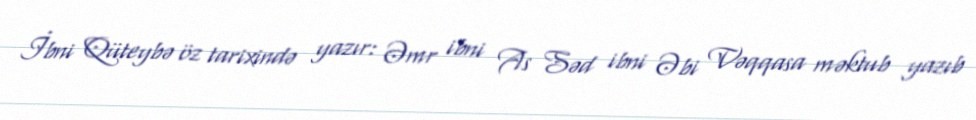
İbni Qüteybə öz tarixində yazır: Əmr ibni As Səd ibni Əbi Vəqqasa məktub yazıb